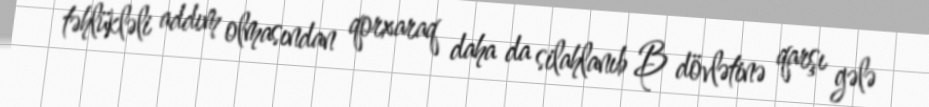
təhlükləli addım olmasından qorxaraq daha da silahlanıb B dövlətinə qarşı gələ